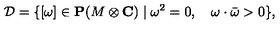
{ \cal D } = \{ [ \omega ] \in { \bf P } ( M \otimes { \bf C } ) \mid \omega ^ { 2 } = 0 , \quad \omega \cdot \bar { \omega } > 0 \} ,